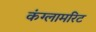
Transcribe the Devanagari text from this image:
कंग्लामरिट